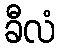
ခီလံ